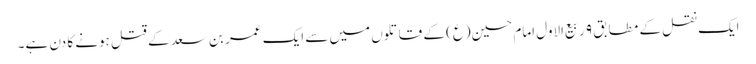
ایک نقل کے مطابق ۹ ربیع‌الاول امام حسین(ع) کے قاتلوں میں سے ایک عمر بن سعد کے قتل ہونے کا دن ہے۔